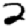
Digit: 2